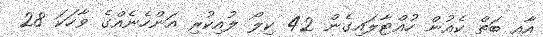
އާއި ބަތް ކެއުން ހުއްޓާލައިގެން 42 ކިލޯ ލުއިކުރި އަންހެނެއްގެ ވާހަކަ 28